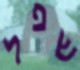
שפל